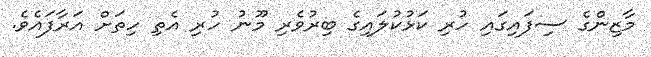
މާޒިންގެ ސިފައިގައި ހުރި ކަޅުކުލައިގެ ބިރުވެރި މޫނު ހުރި އެތި ހިތަށް އަރާފައެވެ.